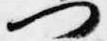
門